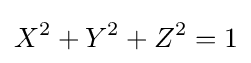
X^{2}+Y^{2}+Z^{2}=1